Code of medical and sanitary regulations for the guidance of medical officers serving in the Madras Presidency - Volume I
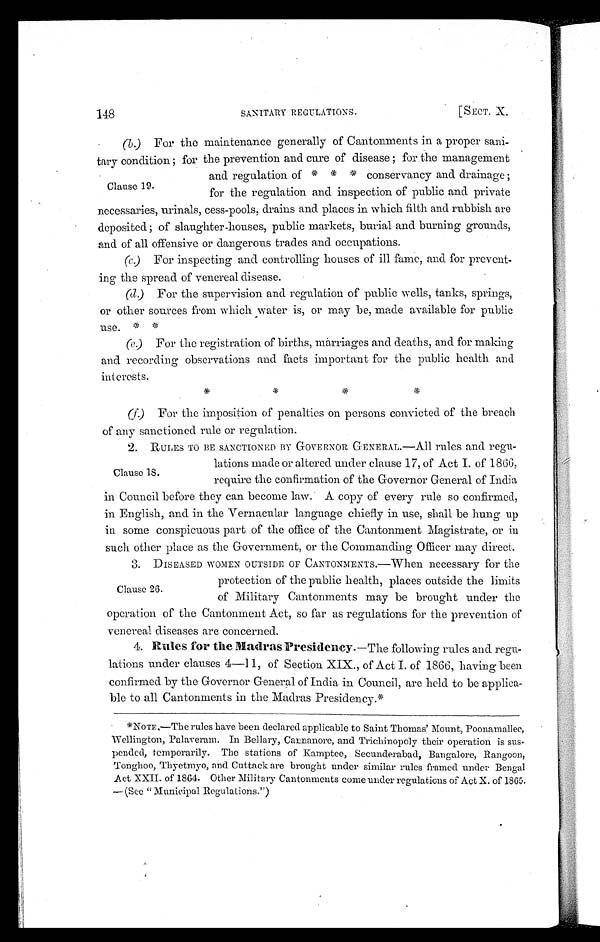
148
SANITARY REGULATIONS.
[SECT. X.
Clause 19.
(b. ) For the maintenance generally of Cantonments in a proper sani-
tary condition ; for the prevention and cure of disease ; for the management
and regulation of * * * conservancy and drainage ;
for the regulation and inspection of public and private
necessaries, urinals, cess-pools, drains and places in which filth and rubbish are
deposited ; of slaughter-houses, public markets, burial and burning grounds,
and of all offensive or dangerous trades and occupations.
(c) For inspecting and controlling houses of ill fame, and for prevent-
ing the spread of venereal disease.
(d) For the supervision and regulation of public wells, tanks, springs,
or other sources from which water is, or may be, made available for public
use. * *
(e) For the registration of births, marriages and deaths, and for making
and recording observations and facts important for the public health and
interests. * * * *
(f.) For the imposition of penalties on persons convicted of the breach
of any sanctioned rule or regulation.
Clause 18.
2. RULES TO BE SANCTIONED BY GOVERNOR GENERAL.—All rules and regu-
lations made or altered under clause 17, of Act I. of 1866,
require the confirmation of the Governor General of India
in Council before they can become law. A copy of every rule so confirmed,
in English, and in the Vernacular language chiefly in use, shall be hung up
in some conspicuous part of the office of the Cantonment Magistrate, or in
such other place as the Government, or the Commanding Officer may direct.
Clause 26.
3. DISEASED WOMEN OUTSIDE or CANTONMENTS.—When necessary for the
protection of the public health, places outside the limits
of Military Cantonments may be brought under the
operation of the Cantonment Act, so far as regulations for the prevention of
venereal diseases are concerned.
4. Rules for the Madras Presidency. —The following rules and regu-
lations under clauses 4—11, of Section XIX., of Act I. of 1866, having been
confirmed by the Governor General of India in Council, are held to be applica-
ble to all Cantonments in the Madras Presidency.*
*NOTE.—The rules have been declared applicable to Saint Thomas' Mount, Poonamallee,
Wellington, Palaveram. In Bellary, Cannanore, and Trichinopoly their operation is sus-
pended, temporarily. The stations of Kamptee, Secunderabad, Bangalore, Rangoon,
Tonghoo, Thyetmyo, and Cuttack are brought under similar rules framed under Bengal
Act XXII. of 1864. Other Military Cantonments come under regulations of Act X. of 186
5.—(See " Municipal Regulations.")